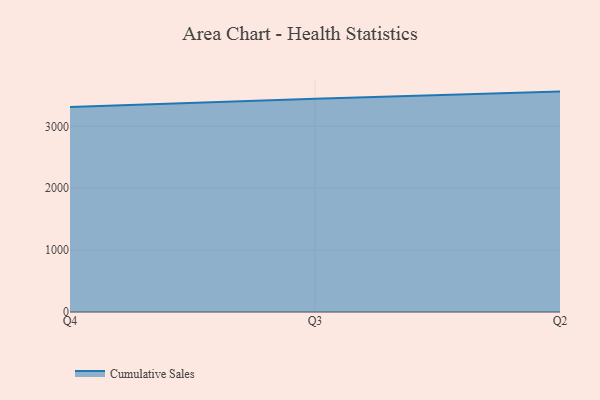
{"axis": {"x": "Quarter", "y": "Population (Million)"}, "legend": ["Cumulative Sales"], "data": [{"x": "Q4", "y": 3312.0, "type": "Cumulative Sales"}, {"x": "Q3", "y": 3445.1, "type": "Cumulative Sales"}, {"x": "Q2", "y": 3560.5, "type": "Cumulative Sales"}]}